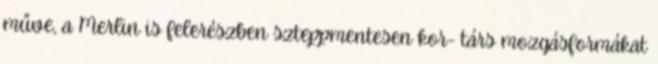
műve, a Merlin is felerészben szteppmentesen kor- társ mozgásformákat